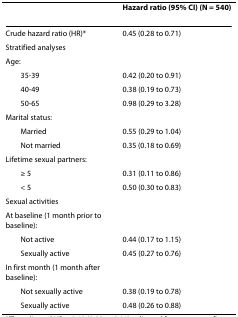
<table><thead><tr><td></td><td><b>Hazard ratio (95% CI) (N = 540)</b></td></tr></thead><tbody><tr><td>Crude hazard ratio (HR)*</td><td>0.45 (0.28 to 0.71)</td></tr><tr><td>Stratified analyses</td><td></td></tr><tr><td>Age:</td><td></td></tr><tr><td> 35-39</td><td>0.42 (0.20 to 0.91)</td></tr><tr><td> 40-49</td><td>0.38 (0.19 to 0.73)</td></tr><tr><td> 50-65</td><td>0.98 (0.29 to 3.28)</td></tr><tr><td>Marital status:</td><td></td></tr><tr><td> Married</td><td>0.55 (0.29 to 1.04)</td></tr><tr><td> Not married</td><td>0.35 (0.18 to 0.69)</td></tr><tr><td>Lifetime sexual partners:</td><td></td></tr><tr><td> ≥ 5</td><td>0.31 (0.11 to 0.86)</td></tr><tr><td> &lt; 5</td><td>0.50 (0.30 to 0.83)</td></tr><tr><td>Sexual activities</td><td></td></tr><tr><td>At baseline (1 month prior to baseline):</td><td></td></tr><tr><td> Not active</td><td>0.44 (0.17 to 1.15)</td></tr><tr><td> Sexually active</td><td>0.45 (0.27 to 0.76)</td></tr><tr><td>In first month (1 month after baseline):</td><td></td></tr><tr><td> Not sexually active</td><td>0.38 (0.19 to 0.78)</td></tr><tr><td> Sexually active</td><td>0.48 (0.26 to 0.88)</td></tr></tbody></table>